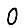
Digit: 0